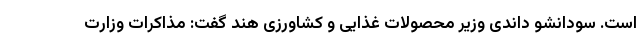
است. سودانشو داندی وزیر محصولات غذایی و کشاورزی هند گفت: مذاکرات وزارت